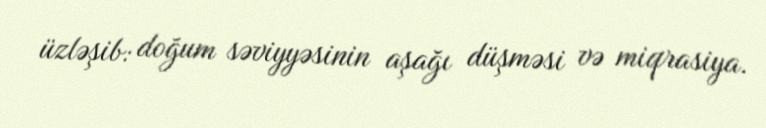
üzləşib: doğum səviyyəsinin aşağı düşməsi və miqrasiya.